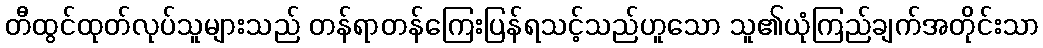
တီထွင်ထုတ်လုပ်သူများသည် တန်ရာတန်ကြေးပြန်ရသင့်သည်ဟူသော သူ၏ယုံကြည်ချက်အတိုင်းသာ